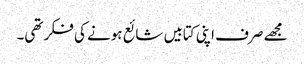
مجھے صرف اپنی کتابیں شائع ہونے کی فکر تھی۔